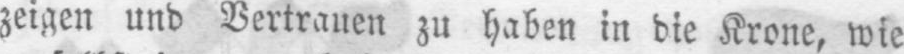
zeigen und Vertrauen zu haben in die Krone, wie